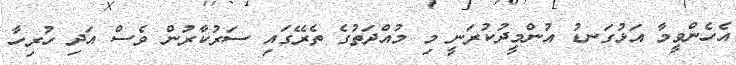
އެހެންވީމާ އަޅުގަނޑު އުންމީދުކުރަނީ މި މުއްދަތުގެ ތެރޭގައި ސަރުކާރުން ވެސް އަދި ހުރިހާ